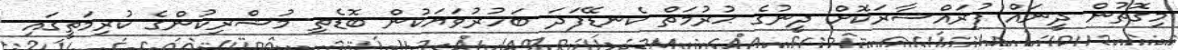
މިގޮތުން ދީނައް ފުރައްސާރަކޮށް ދީނުގެ ޙުރުމަތް ކެނޑޭފަދަ ބަހުރުވަޔަކުން ބޮޑެތި މުޝްރިކުންގެ ކުރިމަތީގައި